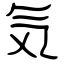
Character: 気